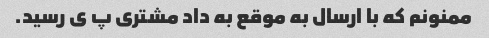
ممنونم که با ارسال به موقع به داد مشتری پ ی رسید.